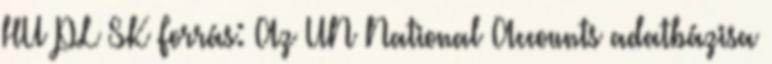
HU PL SK Forrás: Az UN National Accounts adatbázisa